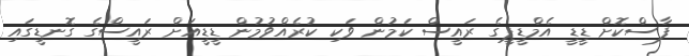
ފާސްކޮށް ޑީޑީ އެމްޑީޕީގެ ރައީސް ކަމުން ވަކި ކުރެއްވުމުން ޑީޑީއަށް ރައީސްގެ ގޮނޑީގައި